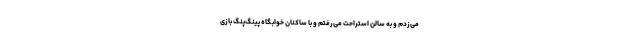
می‌زدم و به سالن استراحت می‌رفتم و با ساکنان خوابگاه پینگ‌پنگ بازی